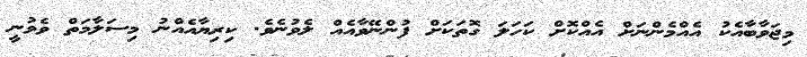
މިޖަވާބާއެކު އެއްމެންނަށް އެއްކޮށް ކަހަލަ ގޮތަކަށް ފުންނޭވާއެއް ލެވުނެވެ. ކިރިޔާއެއްނު މިސަލާމަތް ވެވުނީ